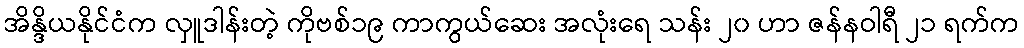
အိန္ဒိယနိုင်ငံက လှူဒါန်းတဲ့ ကိုဗစ်၁၉ ကာကွယ်ဆေး အလုံးရေ သန်း ၂၀ ဟာ ဇန်နဝါရီ ၂၁ ရက်က